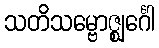
သတိသမ္ဗောဇ္ဈင်္ဂေါ